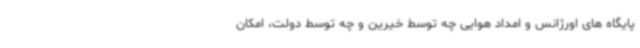
پایگاه های اورژانس و امداد هوایی چه توسط خیرین و چه توسط دولت، امکان